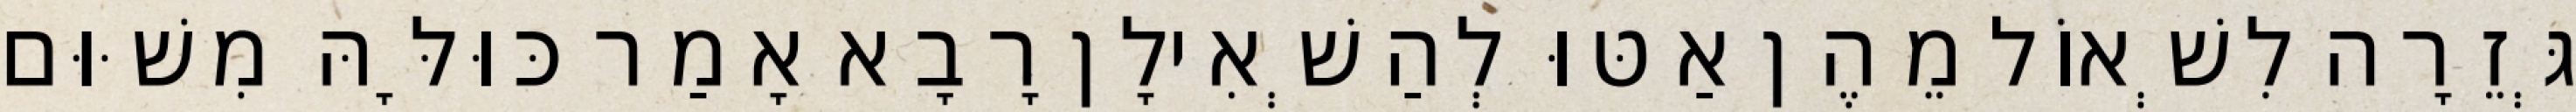
גְּזֵרָה לִשְׁאוֹל מֵהֶן אַטּוּ לְהַשְׁאִילָן רָבָא אָמַר כּוּלָּהּ מִשּׁוּם